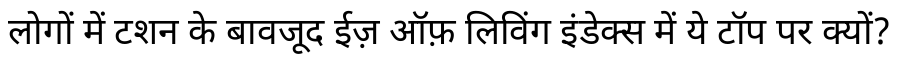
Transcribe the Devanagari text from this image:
लोगों में टशन के बावजूद ईज़ ऑफ़ लिविंग इंडेक्स में ये टॉप पर क्यों?